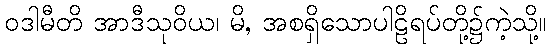
ဝဒါမီတိ အာဒီသုဝိယ၊ မိ, အစရှိသောပါဠိရပ်တို့၌ကဲ့သို့။